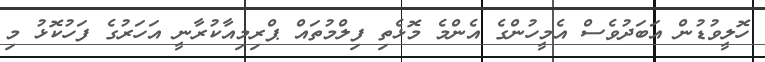
ހޮލީވުޑުން އަބަދުވެސް އެމީހުންގެ އެންމެ މޮޅެތި ފިލްމުތައް ޕްރިމިއާކުރާނީ އަހަރުގެ ފަހުކޮޅު މި